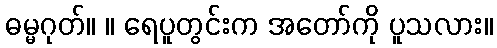
ဓမ္မဂုတ်။ ။ ရေပူတွင်းက အတော်ကို ပူသလား။